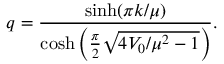
q = \frac { \sinh ( \pi k / \mu ) } { \cosh \left( { \frac { \pi } { 2 } \sqrt { 4 V _ { 0 } / \mu ^ { 2 } - 1 } } \right) } .